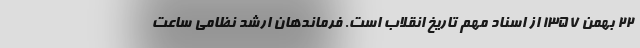
22 بهمن 1357 از اسناد مهم تاریخ انقلاب است. فرماندهان ارشد نظامی ساعت